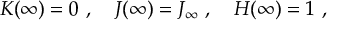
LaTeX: K ( \infty ) = 0 \ , \ \ \ J ( \infty ) = J _ { \infty } \ , \ \ \ H ( \infty ) = 1 \ ,